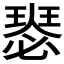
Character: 𤨝